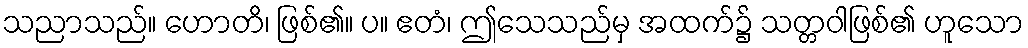
သညာသည်။ ဟောတိ၊ ဖြစ်၏။ ပ။ ဧတံ၊ ဤသေသည်မှ အထက်၌ သတ္တဝါဖြစ်၏ ဟူသော